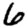
Digit: 6